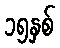
၁၅နှစ်